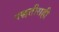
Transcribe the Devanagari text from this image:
पद्धतीसही